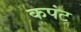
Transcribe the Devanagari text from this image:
कपंट